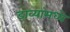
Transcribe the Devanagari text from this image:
डाव्यांमध्ये